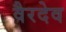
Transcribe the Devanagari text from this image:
वैरदेव